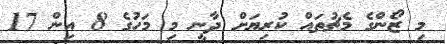
މި ޒޯންގެ މެޗުތައް ކުރިޔަށް ދާނީ މި މަހުގެ 8 އިން 17